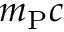
m _ { \mathrm { P } } c